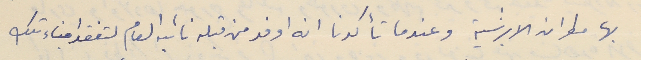
بها مطران الابرشية وعندما تأكدنا انه اوفد من قبله نائبه العام لتفقد ابناء تلك